Leaving Certificate Examination, 1924
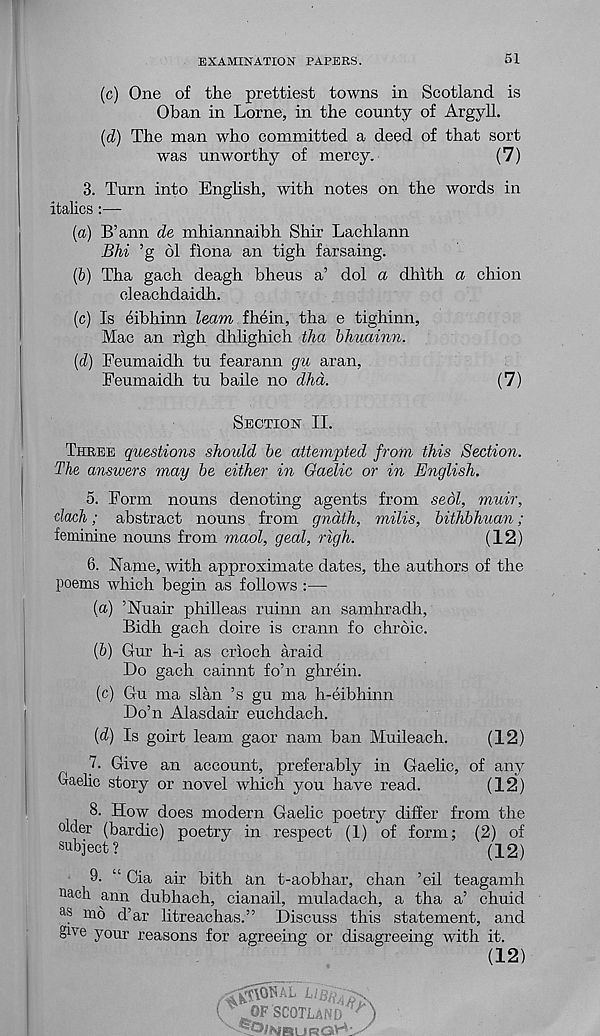
EXAMINATION PAPERS.
51
(c) One of the prettiest towns in Scotland is
Oban in Lome, in the county of Argyll.
[d] The man who committed a deed of that sort
was unworthy of mercy.
(7)
3. Turn into English, with notes on the words in
italics:—
(a) B’ann de mhiannaibh Shir Lachlann
Bhi ’g 61 fiona an tigh farsaing.
(&) Tha gach deagh bheus a’ dol a dhlth a chion
eleachdaidh.
(c) Is eibhinn leam fhein, tha e tighinn,
Mac an righ dhlighich tha bhuainn.
(d) Feumaidh tu fearann gu aran,
Feumaidh tu bade no dhd.
(7)
Section II.
Three questions should be attempted from this Section.
The answers may be either in Gaelic or in English.
5. Form nouns denoting agents from sedl, muir,
dach; abstract nouns from gndth, milis, bithbhuan ;
feminine nouns from maol, geal, righ.
(12)
6. Name, with approximate dates, the authors of the
poems which begin as follows :—
(а) ’Nuair philleas ruinn an samhradh,
Bidh gach doire is crann fo chroic.
(б) Gur h-i as crioch araid
Do gach cainnt fo’n ghrein.
(c) Gu ma slan ’s gu ma h-eibhinn
Do’n Alasdair euchdach.
[d) Is goirt leam gaor nam ban Muileach.
(12)
7. Give an account, preferably in Gaelic, of any
Gaelic story or novel which you have read.
(12)
8. How does modern Gaelic poetry differ from the
older (bardic) poetry in respect (1) of form; (2) of
subject?
(12)
9. “ Cia air bith an t-aobhar, chan ’eil teagamh
uach ann dubhach, cianail, muladach, a tha a’ chuid
as m o d’ar litreachas.” Discuss this statement, and
give your reasons for agreeing or disagreeing with it.
(12)
OF SCOTLAND H